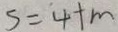
S = 4 + m